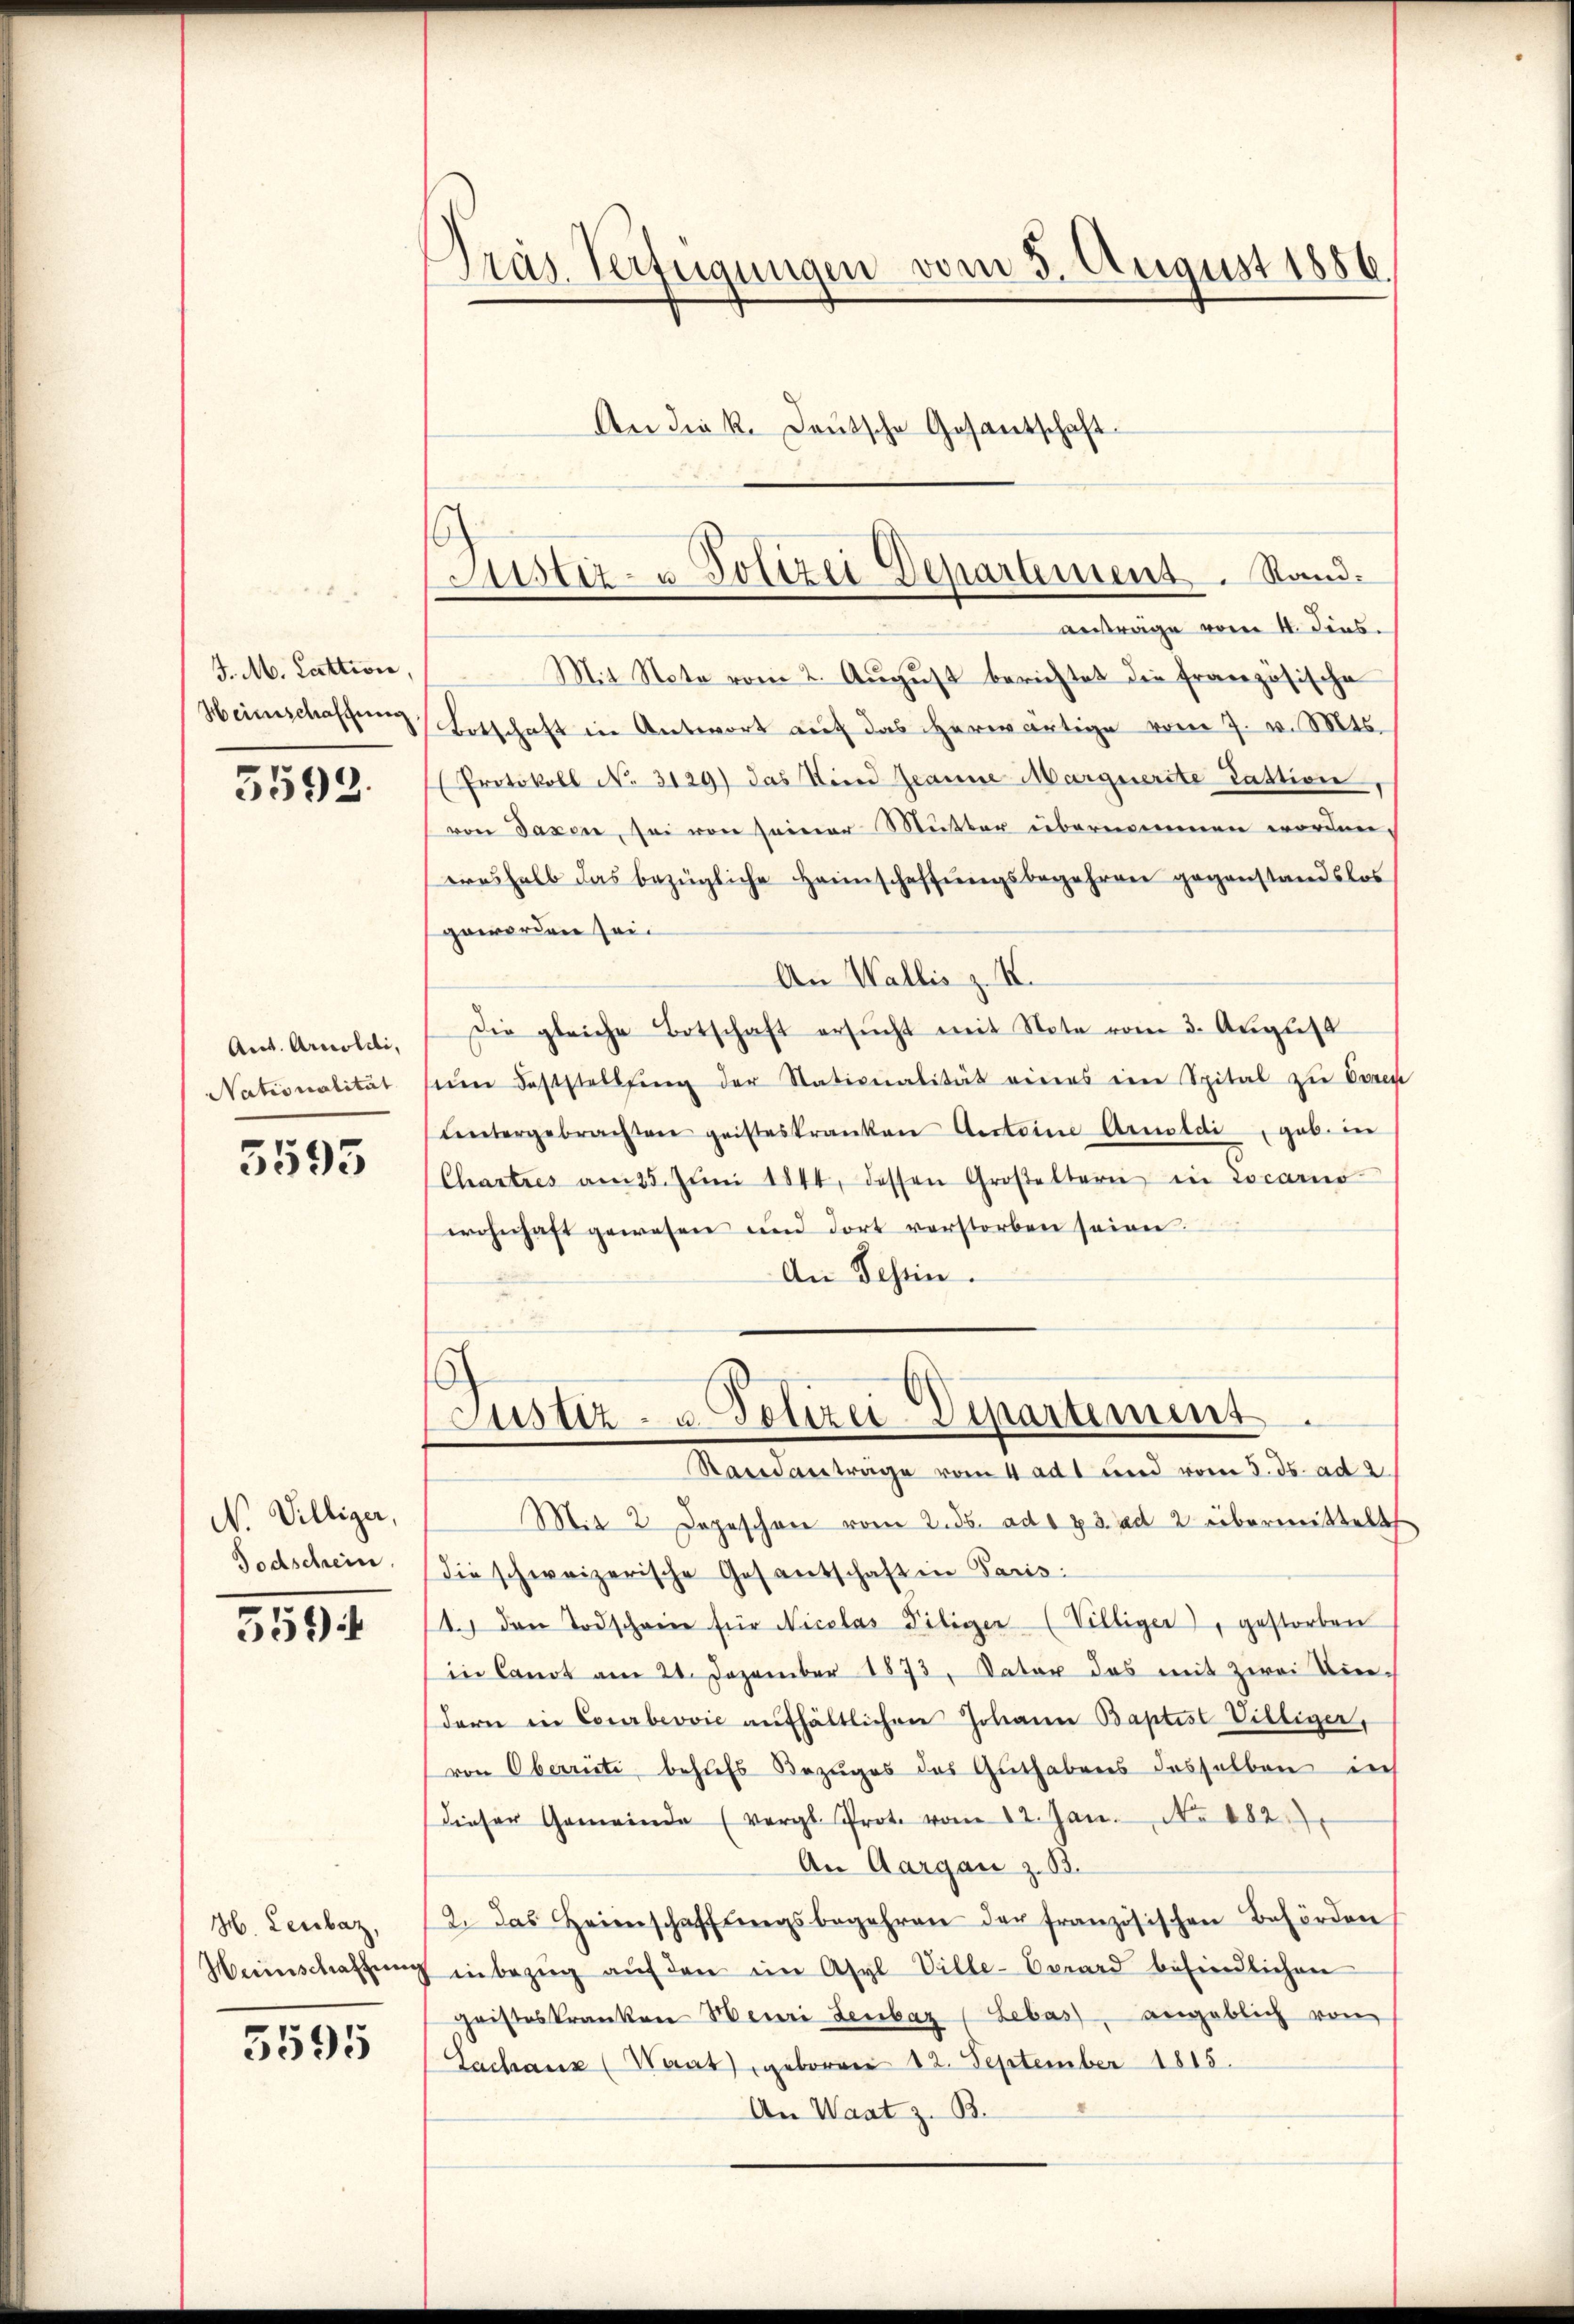
J. M. Lattivin,
Heimschaffung

5599.

Ant. Arnoldi,
Nationalität

5595

N. Villiger,
Todschein.

359

H. Leubaz,
Heinschaffung

5595

Präs. Verfügungen vom 5. August 1886.
An die k. Deutsche Gesantschaft

Justiz- u Polizei Departement. Randanträge vom 4. dens.

Mit Note vom 2. August berichtet die Französische
Botschaft in Antwort auf das herwärtige vom 7. v. Mts.
(Protokoll No. 3129) das Kind Jeanne Marquerste Gattion
von Taxen, sei von seiner Mutter übernommen worden.
ereshalb das bezügliche Heimschaffungsbegehren gegenstandslos
geworden sei.
An Wallis z. K.
Die gleiche Botschaft ersŭcht mit Note vom 3. Aŭgŭst
sein Feststellung der Stationalität eines ein Spital zu Osen
Untergebrachten geisteskranken Ansteine Arnoldi geb. in
(Chartres am 25. Jŭni 1844 dessen Großeltern in Locarno
wohnhaft gewesen und dort verstorben seien.
An Tessin.

Mit 2 Depeschon vom 2. ds. ad 173. ad 2 übermittelt
die schweizerische Gesantschaft in Paris:
14. den Todschein für Nicolas Filiger (Villiger), gestorben
in Landt am 21. Dezember 1873, Vater das mit zwei Diedern in Courbeović aufhältlichen Johann Baptist Villiger,
von Oberrüti, behufs Bezuges des Guthabens desselben in
dieser Gemeinde (vergl. Prote vom 12. Jan. No. 182
An Aargau z. B.
2. Das Heimschaffŭngsbegehren der französischen Behörden
 inbezŭg aŭf den im Asyl Ville-Aerard befindlichen
geisteskranken Henri Lenbar (Lebas, angeblich von
Lachanz (Waat) geborene 12. September 1815.
An Waat z. B.

Justiz- u. Polizei-Departement
Standantrage vom 4 adt und vom 3. ds. ad 2.